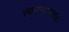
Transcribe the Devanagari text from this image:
स्वनगरमवतः